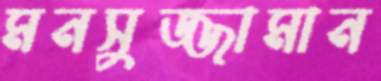
মনসুজ্জামান